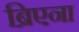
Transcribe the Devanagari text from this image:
ब्रिएना